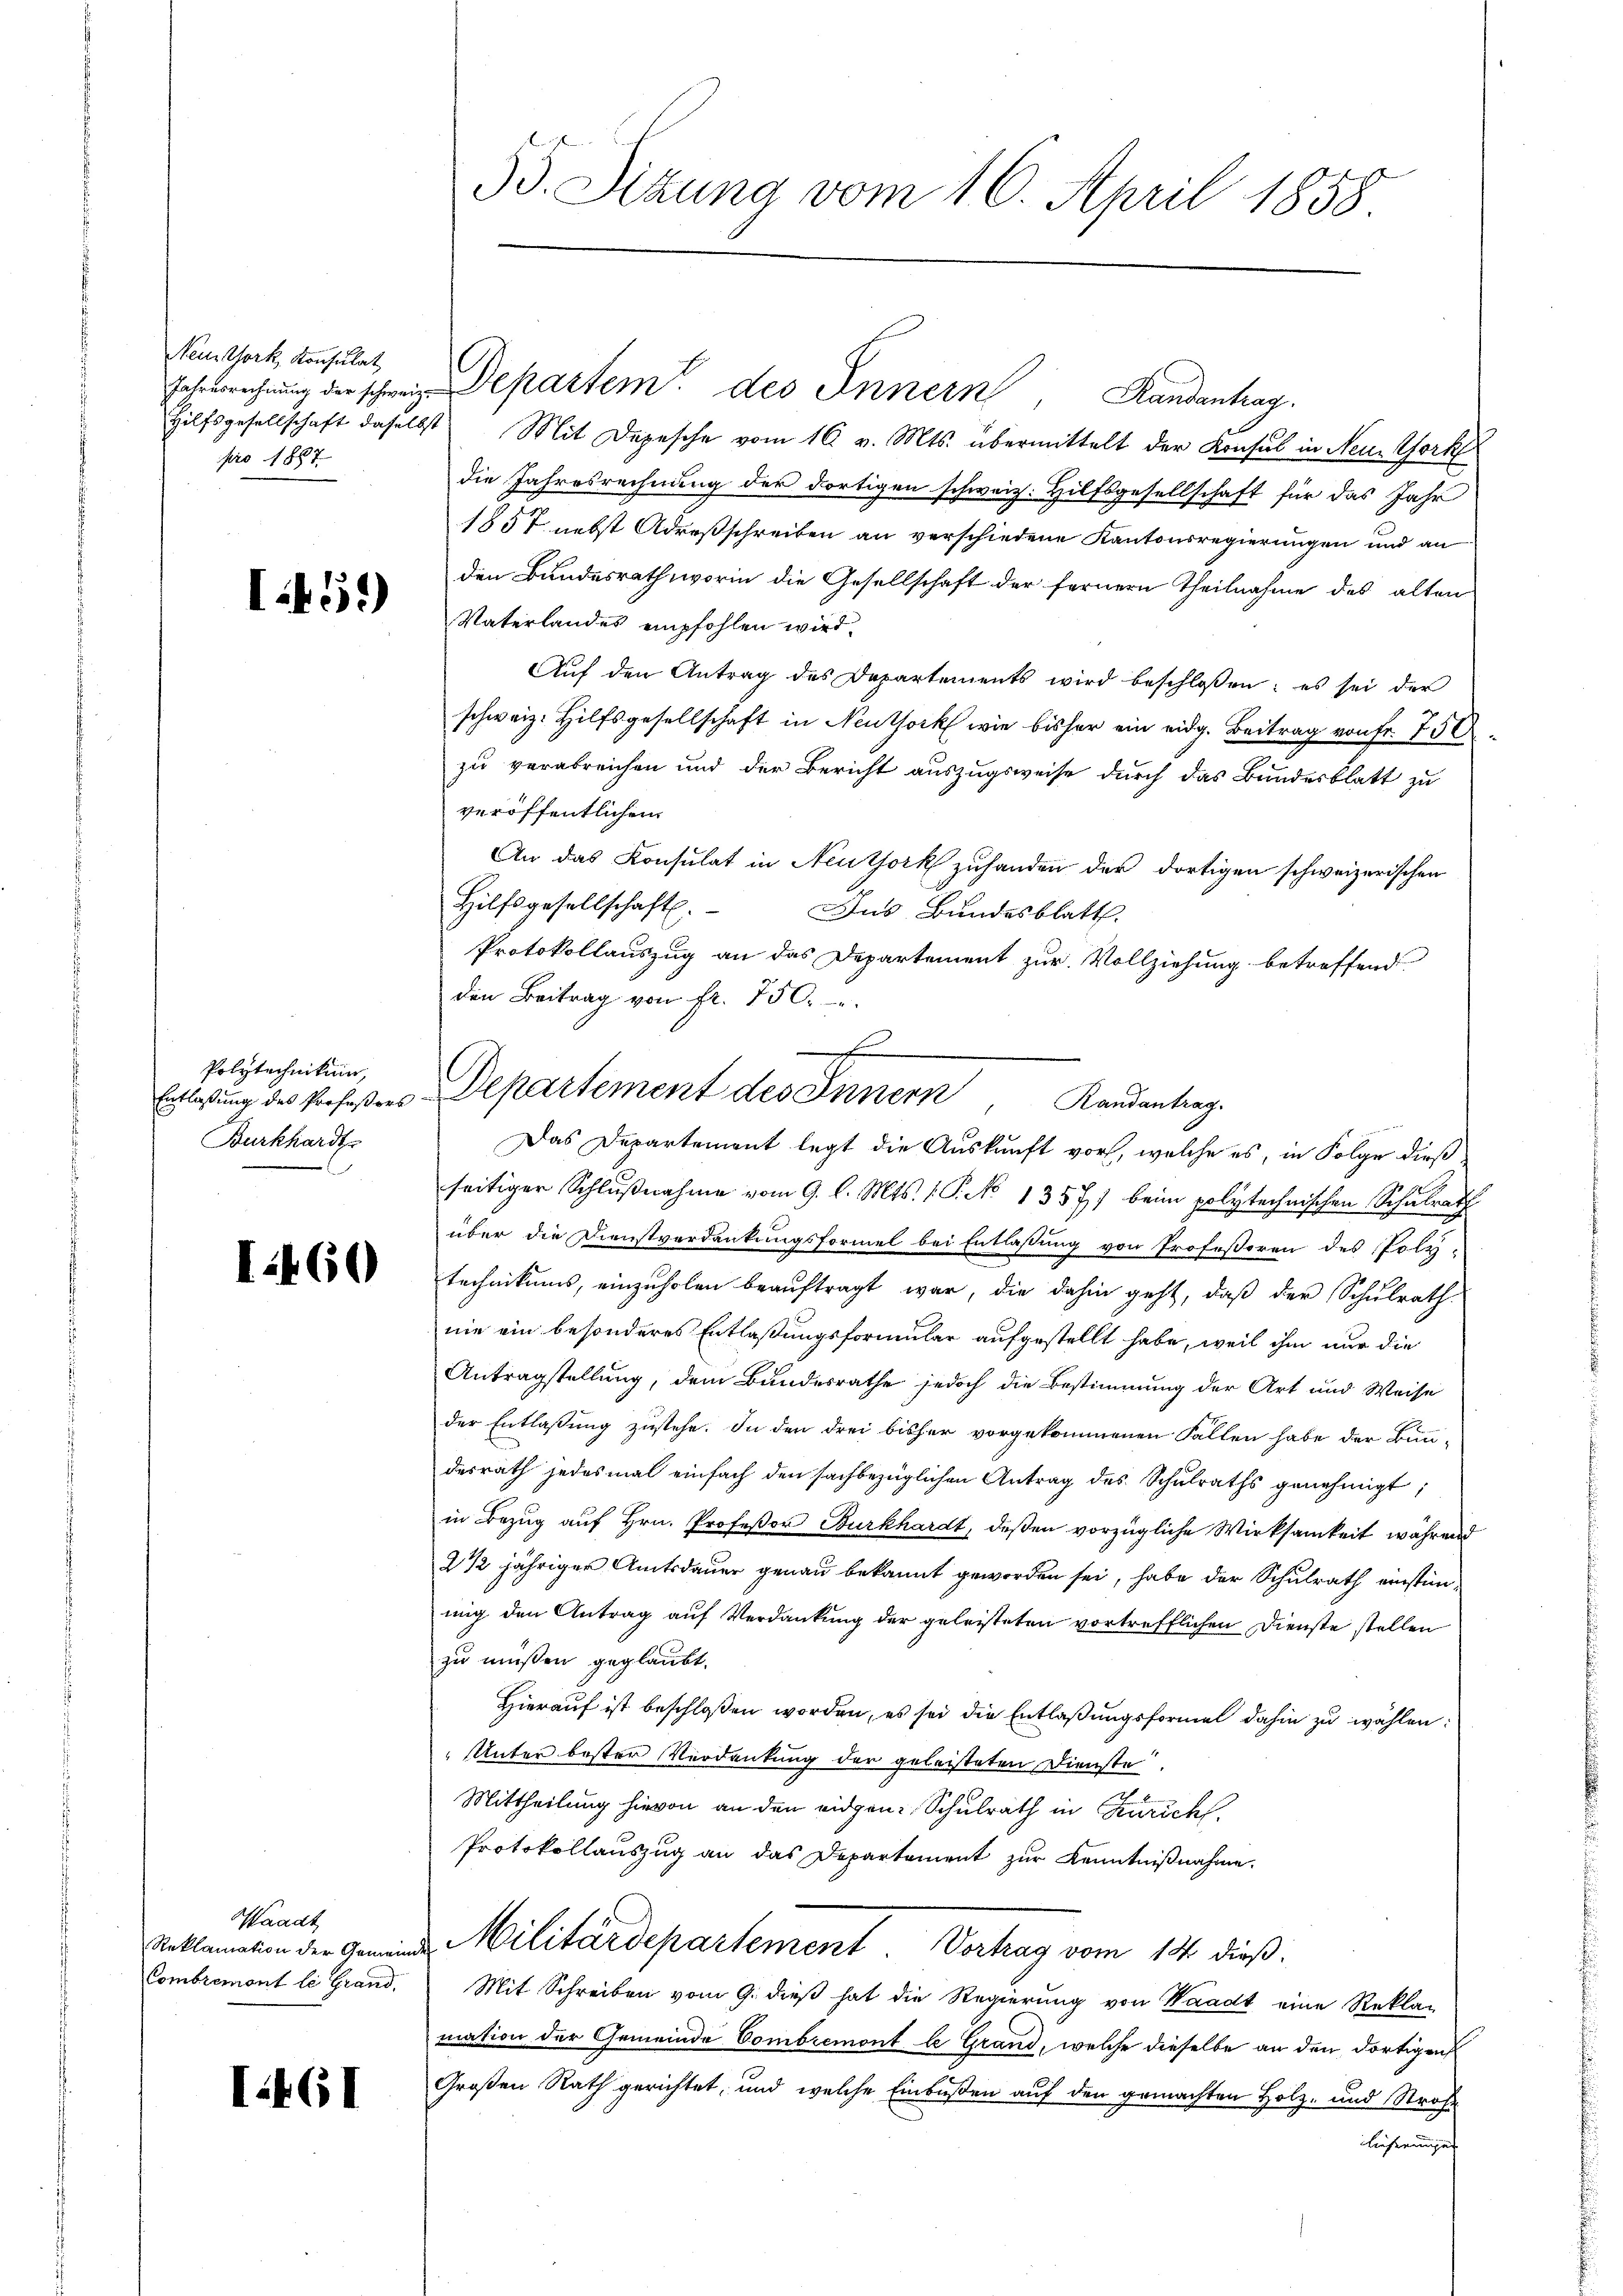
Nein York, Konsulat
pro 1887

I451)

Polytechnikum,
Burkhardt

I460

Waadt
Reklamation der Gemeind
Combremont le Grand,

I.461

55. Sizung vom 16. April 1858.

e
Entlassung des Profeßors-Departement des Innern
Randantrag.
Das Departement legt die Auskunft vor, welche es, in Folge dieß

Jahresrechnŭng der schweiz. Departem des Innern, Randantrag
Hilfsgesellschaft daselbst Mit Depesche vom 16. v. Mts. übermittelt der Konsul in Nein Vork
die Jahresrechnung der dortigen schweiz. Hilfsgesellschaft für das Jahr
1857 nebst Adresschreiben an verschiedene Kantonsregierungen und an
den Bundesrath, worin die Gesellschaft der fernern Theilnahme des alten
Vaterlandes empfohlen wird.
Auf den Antrag des Departements wird beschlossen: es sei der
schweiz. Hilfsgesellschaft in Neuthork wie bisher ein eidg. Beitrag von Fr. 750
zu verabreichen und der Bericht auszugsweise durch das Bundesblatt zu
veröffentlichen
An das Konsulat in Neuthork zuhanden der dortigen schweizerischen
Hilfsgesellschaft.
Das Bundesblatt.
Protokollauszug an das Departement zur Vollziehung betreffend
den Beitrag von fr. 750.
seitiger Schlŭβnahme vom 9. l. Mts. (T. No 1357) beim polytechnischen Schulrath
über die Dienstverdankungsformel bei Entlassung von Professoren des Poly-
technikums, einzŭholen beaŭftragt war, die dahin geht, daβ der Schŭlrath
nie ein besonderes Entlaßungsformular aufgestellt habe, weil ihm nur die
Antragstellung, dem Bundesrathe jedoch die Bestimmung der Art und Weise
der Entlaßung zustehe. In den drei bisher vorgekommenen Fallen habe der Bun-
desrath jedesmal einfach den sachbezüglichen Antrag des Schulraths genehmigt;
in Bezug auf Hrn. Profeßor Burkhardt, deßen vorzügliche Wirksamkeit während
2 1/2 jähriger Amtsdauer genau bekannt geworden sei, habe der Schulrath einstimung den Antrag auf Verdankung der geleisteten vortrefflichen Dienste stellen
zu müssen geglaubt.
Hierauf ist beschloßen worden, es sei die Entlaßungsformel dahin zu wählen:
Unter bester Verdankung der geleisteten Dienste
Mittheilung hievon an den eidgen: Schulrath in Zürich
Protokollauszug an das Departement zur Kenntnißnahme.
Militärdepartement. Vortrag vom 14. dieß:
Mit Schreiben vom 9. dieß hat die Regierung von Waadt eine Rekla-
mation der Gemeinde Combremont le Grand, welche dieselbe an den dortigen
Großen Rath gerichtet, und welche Einbußen auf den gemachten Holz- und Strafe
lieferungen